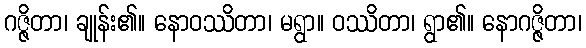
ဂဇ္ဇိတာ၊ ချုန်း၏။ နောဝဿိတာ၊ မရွာ။ ဝဿိတာ၊ ရွာ၏။ နောဂဇ္ဇိတာ၊